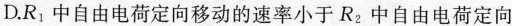
D.R_{1}中自由电荷定向移动的速率小于R_{2}中自由电荷定向